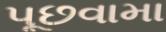
પૂછવામા